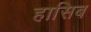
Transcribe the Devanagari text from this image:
हासिब